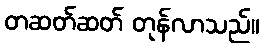
တဆတ်ဆတ် တုန်လာသည်။